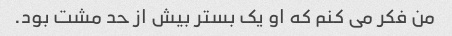
من فکر می کنم که او یک بستر بیش از حد مشت بود.